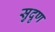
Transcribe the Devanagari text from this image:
सुदृण